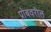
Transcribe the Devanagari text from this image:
प्रोबवरील